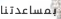
بمساعدتنا